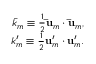
\begin{array} { r } { \bar { k } _ { m } \equiv \frac { 1 } { 2 } \mathbf { \bar { u } } _ { m } \cdot \mathbf { \bar { u } } _ { m } , } \\ { k _ { m } ^ { \prime } \equiv \frac { 1 } { 2 } \mathbf { u } _ { m } ^ { \prime } \cdot \mathbf { u } _ { m } ^ { \prime } . } \end{array}